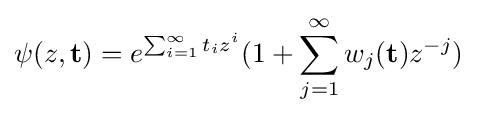
\psi (z,\mathbf {t} )=e^{\sum _{i=1}^{\infty }t_{i}z^{i}}(1+\sum _{j=1}^{\infty }w_{j}(\mathbf {t} )z^{-j})